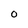
Character: o